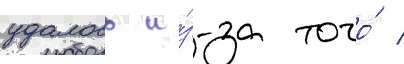
удалось и́з-за того́ /